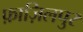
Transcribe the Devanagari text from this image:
फ़ाज़िलपुर